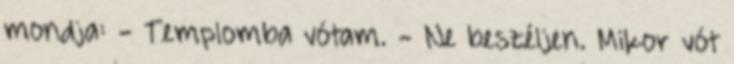
mondja: - Templomba vótam. - Ne beszéljen. Mikor vót